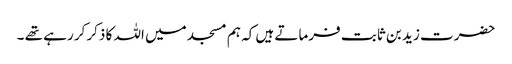
حضرت زید بن ثابت فرماتے ہیں کہ ہم مسجد میں اللہ کا ذکرکر رہے تھے ۔